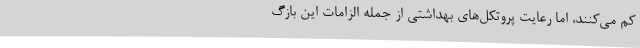
کم می‌کنند، اما رعایت پروتکل‌های بهداشتی از جمله الزامات این بازگ